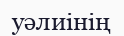
уәлиінің